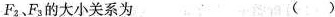
F_{2}.F_{3}的大小关系为 ( )